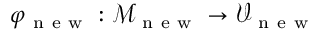
\varphi _ { \mathrm { ~ n ~ e ~ w ~ } } : \mathcal { M } _ { \mathrm { ~ n ~ e ~ w ~ } } \to \mathcal { V } _ { \mathrm { ~ n ~ e ~ w ~ } }